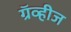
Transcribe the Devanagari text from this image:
ग्रॅव्हीज